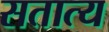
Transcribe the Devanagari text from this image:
सतात्य